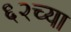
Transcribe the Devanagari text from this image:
६२च्या